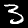
Digit: 3